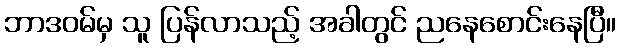
ဘာဒဝမ်မှ သူ ပြန်လာသည့် အခါတွင် ညနေစောင်းနေပြီ။